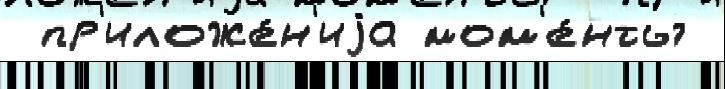
 пр'иложе́н'иjа мом'е́нты